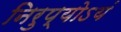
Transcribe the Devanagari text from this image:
निरुप्योऽयं